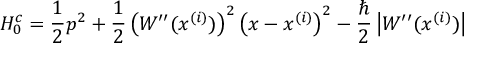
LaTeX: H _ { 0 } ^ { c } = \frac { 1 } { 2 } p ^ { 2 } + \frac { 1 } { 2 } \left( W ^ { \prime \prime } ( x ^ { ( i ) } ) \right) ^ { 2 } \left( x - x ^ { ( i ) } \right) ^ { 2 } - \frac { \hbar } { 2 } \left| W ^ { \prime \prime } ( x ^ { ( i ) } ) \right|